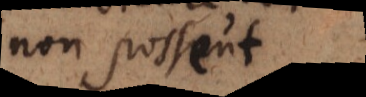
non posset